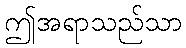
ဤအရာသည်သာ